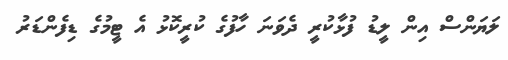
ލަޔަންސް އިން ލީޑު ފުޅާކުރީ ދެވަނަ ހާފުގެ ކުރީކޮޅު އެ ޓީމުގެ ޑިފެންޑަރު